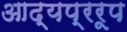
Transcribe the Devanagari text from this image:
आद्यप्ररूप